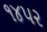
૧૪૫૨